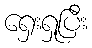
ရှေးရှုပြီး